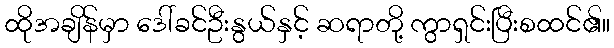
ထိုအချိန်မှာ ဒေါ်ခင်ဦးနွယ်နှင့် ဆရာတို့ ကွာရှင်းပြီးစထင်၏။